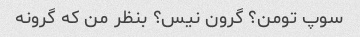
سوپ تومن؟ گرون نیس؟ بنظر من که گرونه